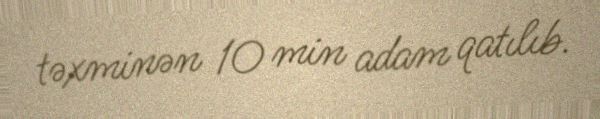
təxminən 10 min adam qatılıb.